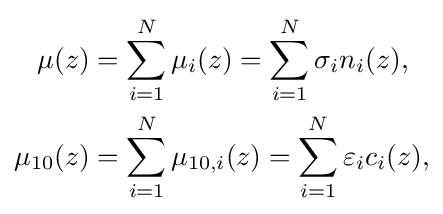
{\begin{aligned}\mu (z)&=\sum _{i=1}^{N}\mu _{i}(z)=\sum _{i=1}^{N}\sigma _{i}n_{i}(z),\\\mu _{10}(z)&=\sum _{i=1}^{N}\mu _{10,i}(z)=\sum _{i=1}^{N}\varepsilon _{i}c_{i}(z),\end{aligned}}